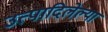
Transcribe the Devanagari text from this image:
उत्पादिलेल्या